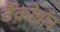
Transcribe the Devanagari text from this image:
टैंकोबाॅन